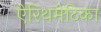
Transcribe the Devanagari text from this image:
ऐरिथमेटिका